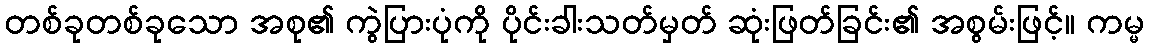
တစ်ခုတစ်ခုသော အစု၏ ကွဲပြားပုံကို ပိုင်းခါးသတ်မှတ် ဆုံးဖြတ်ခြင်း၏ အစွမ်းဖြင့်။ ကမ္မ